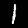
Digit: 1